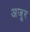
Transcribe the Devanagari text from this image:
अजूर